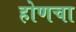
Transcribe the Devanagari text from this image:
होणचा